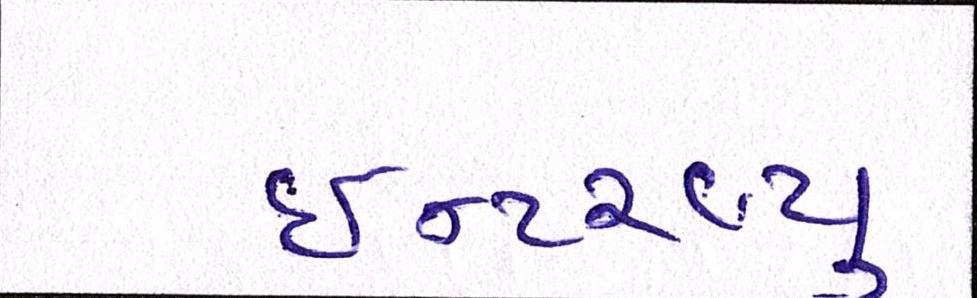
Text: ઈન્ટરવ્યૂ